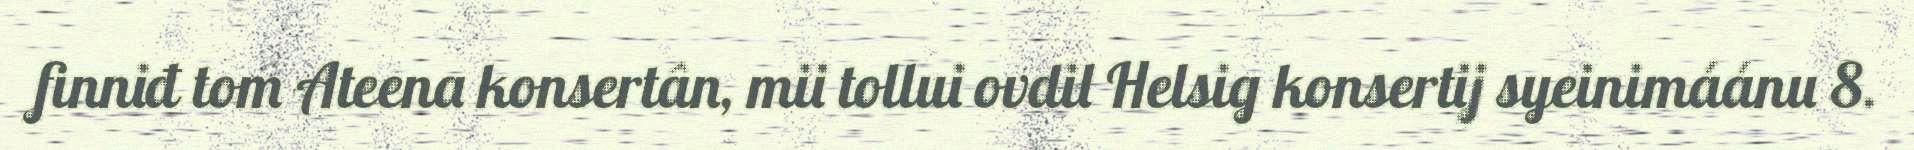
finniđ tom Ateena konsertân, mii tollui ovdil Helsig konsertij syeinimáánu 8.